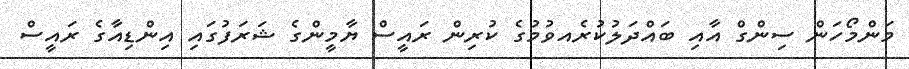
މަންމޯހަން ސިންގް އާއި ބައްދަލުކުރެއވުމުގެ ކުރިން ރައީސް ޔާމީންގެ ޝަރަފުގައި އިންޑިއާގެ ރައީސް